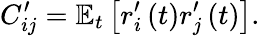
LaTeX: C_{ij}^{\prime}=\mathbb{E}_{t}\left[r_{i}^{\prime}\left(t\right)r_{j}^{\prime}\left(t\right)\right].